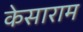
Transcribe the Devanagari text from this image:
केसाराम